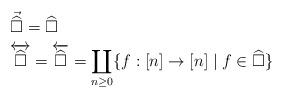
LaTeX: \begin{align*}& \vec{\widehat{\square}}=\widehat{\square}\\& \overleftrightarrow{\widehat{\square}}=\overleftarrow{\widehat{\square}}= \coprod_{n\geq 0}\{f:[n]\to [n]\mid f\in \widehat{\square}\}\end{align*}